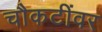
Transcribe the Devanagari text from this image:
चौकटींवर